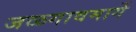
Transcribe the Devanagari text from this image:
जळगावमार्गे